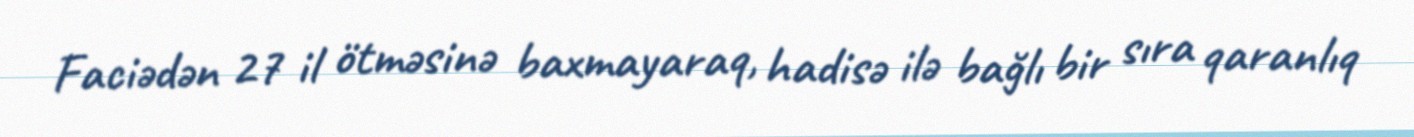
Faciədən 27 il ötməsinə baxmayaraq, hadisə ilə bağlı bir sıra qaranlıq